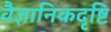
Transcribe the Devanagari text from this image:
वैज्ञानिकदृष्टि